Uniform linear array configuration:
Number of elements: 4
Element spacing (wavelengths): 1
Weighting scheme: exponential
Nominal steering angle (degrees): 0
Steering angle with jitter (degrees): -1.446
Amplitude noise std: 0.05
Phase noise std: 0.05

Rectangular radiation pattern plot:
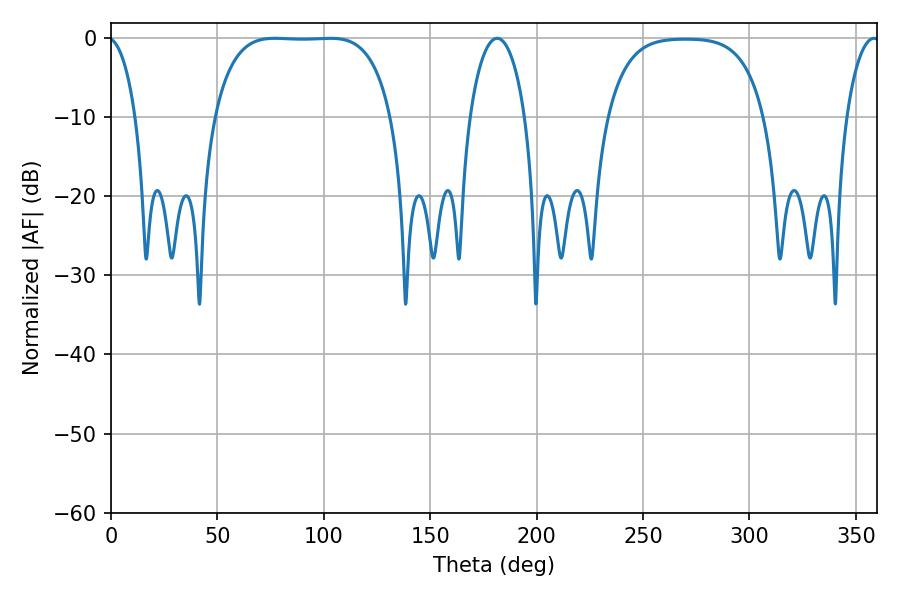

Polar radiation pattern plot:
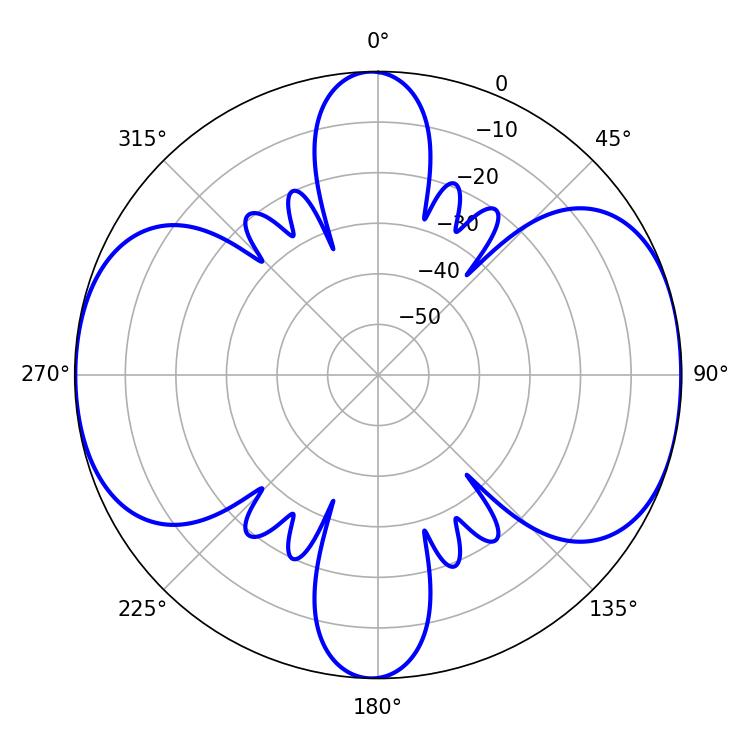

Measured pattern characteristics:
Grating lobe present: TRUE
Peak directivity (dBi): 10.299
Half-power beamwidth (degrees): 64.44
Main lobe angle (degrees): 77.04